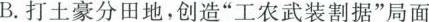
B.打土豪分田地，创造”工农武装割据”局面